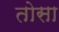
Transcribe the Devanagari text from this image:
तोसा